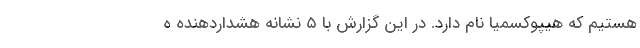
هستیم که هیپوکسمیا نام دارد. در این گزارش با ۵ نشانه هشداردهنده ه